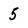
Character: 5